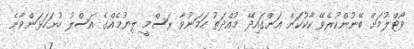
ވޯޓްލުމަށް ބޭނުންކުރެވޭ ކާކުކަން އަންގައިދޭ މުއްދަތު ހަމަނުވާ ރަސްމީ ލިޔުމެއްގެ އަސްލު ހުށަހަޅަންވާނެ